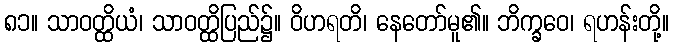
၈၁။ သာဝတ္ထိယံ၊ သာဝတ္ထိပြည်၌။ ဝိဟရတိ၊ နေတော်မူ၏။ ဘိက္ခဝေ၊ ရဟန်းတို့။